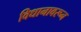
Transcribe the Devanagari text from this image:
विधानावरून